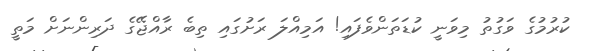
ކުރުމުގެ ވަގުތު މިވަނީ ކުޑަތަންވެފައި! އަމިއްލަ ރަށުގައި ތިބެ ރާއްޖޭގެ ދަރިންނަށް މަތީ